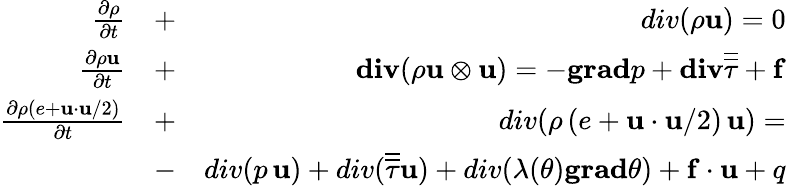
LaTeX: \begin{array}{rlr}{\frac{\partial\rho}{\partial t}}&{+}&{div(\rho\mathbf{u})=0}\\ {\frac{\partial\rho\mathbf{u}}{\partial t}}&{+}&{\mathbf{div}(\rho\mathbf{u}\otimes\mathbf{u})=-\mathbf{grad}p+\mathbf{div}\overline{{\overline{{\tau}}}}+\mathbf{f}}\\ {\frac{\partial\rho(e+\mathbf{u}\cdot\mathbf{u}/2)}{\partial t}}&{+}&{div(\rho\, (e+\mathbf{u}\cdot\mathbf{u}/2)\, \mathbf{u})=}\\ &{-}&{div(p\, \mathbf{u})+div(\overline{{\overline{{\tau}}}}\mathbf{u})+div(\lambda(\theta)\mathbf{grad}\theta)+\mathbf{f}\cdot\mathbf{u}+q}\end{array}